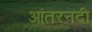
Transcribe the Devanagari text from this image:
आंतरनदी